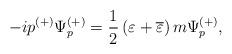
LaTeX: \begin{align*}-ip^{(+)}\Psi _p^{(+)}=\frac 12\left( \varepsilon+\overline{\varepsilon } \right) m\Psi _p^{(+)} , \end{align*}